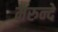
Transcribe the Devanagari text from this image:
मरुन्दे